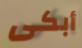
أبكى